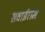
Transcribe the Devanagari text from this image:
सवाईराम